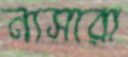
নাসারা